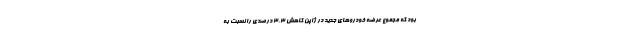
بود که مجموع عرضه خودروهای جدید در ژاپن کاهش 3.3 درصدی را نسبت به